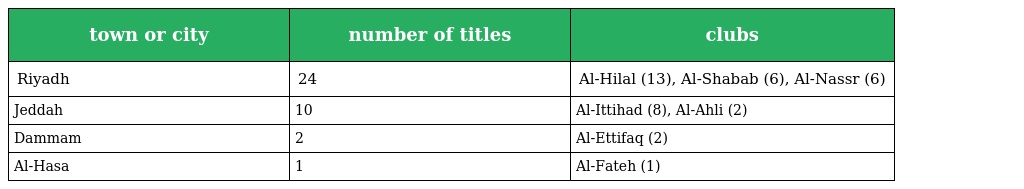
| town or city | number of titles | clubs |
 | --- | --- | --- |
 | Riyadh | 24 | Al-Hilal (13), Al-Shabab (6), Al-Nassr (6) |
 | Jeddah | 10 | Al-Ittihad (8), Al-Ahli (2) |
 | Dammam | 2 | Al-Ettifaq (2) |
 | Al-Hasa | 1 | Al-Fateh (1) |